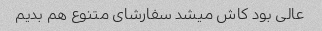
عالی بود کاش میشد سفارشای متنوع هم بدیم